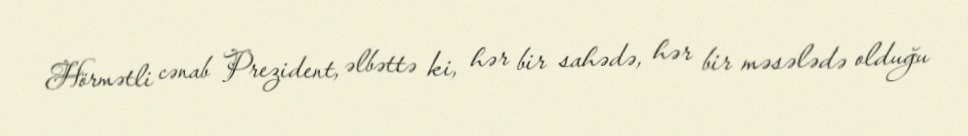
Hörmətli cənab Prezident, əlbəttə ki, hər bir sahədə, hər bir məsələdə olduğu